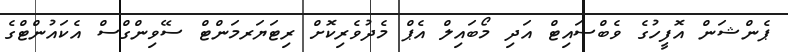
ޕެންޝަން އޮފީހުގެ ވެބްސައިޓް އަދި މޯބައިލް އެޕް މެދުވެރިކޮށް ރިޓަޔަރމަންޓް ސޭވިންގްސް އެކައުންޓްގެ